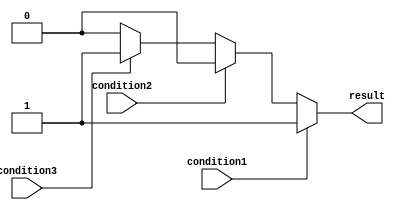
module if_else_ladder (
    input wire condition1,
    input wire condition2,
    input wire condition3,
    output reg result
);

always @* begin
    if (condition1) begin
        // Do something when condition1 is true
        result = 1;
    end else if (condition2) begin
        // Do something when condition2 is true
        result = 2;
    end else if (condition3) begin
        // Do something when condition3 is true
        result = 3;
    end else begin
        // Default case
        result = 0;
    end
end

endmodule